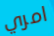
امري